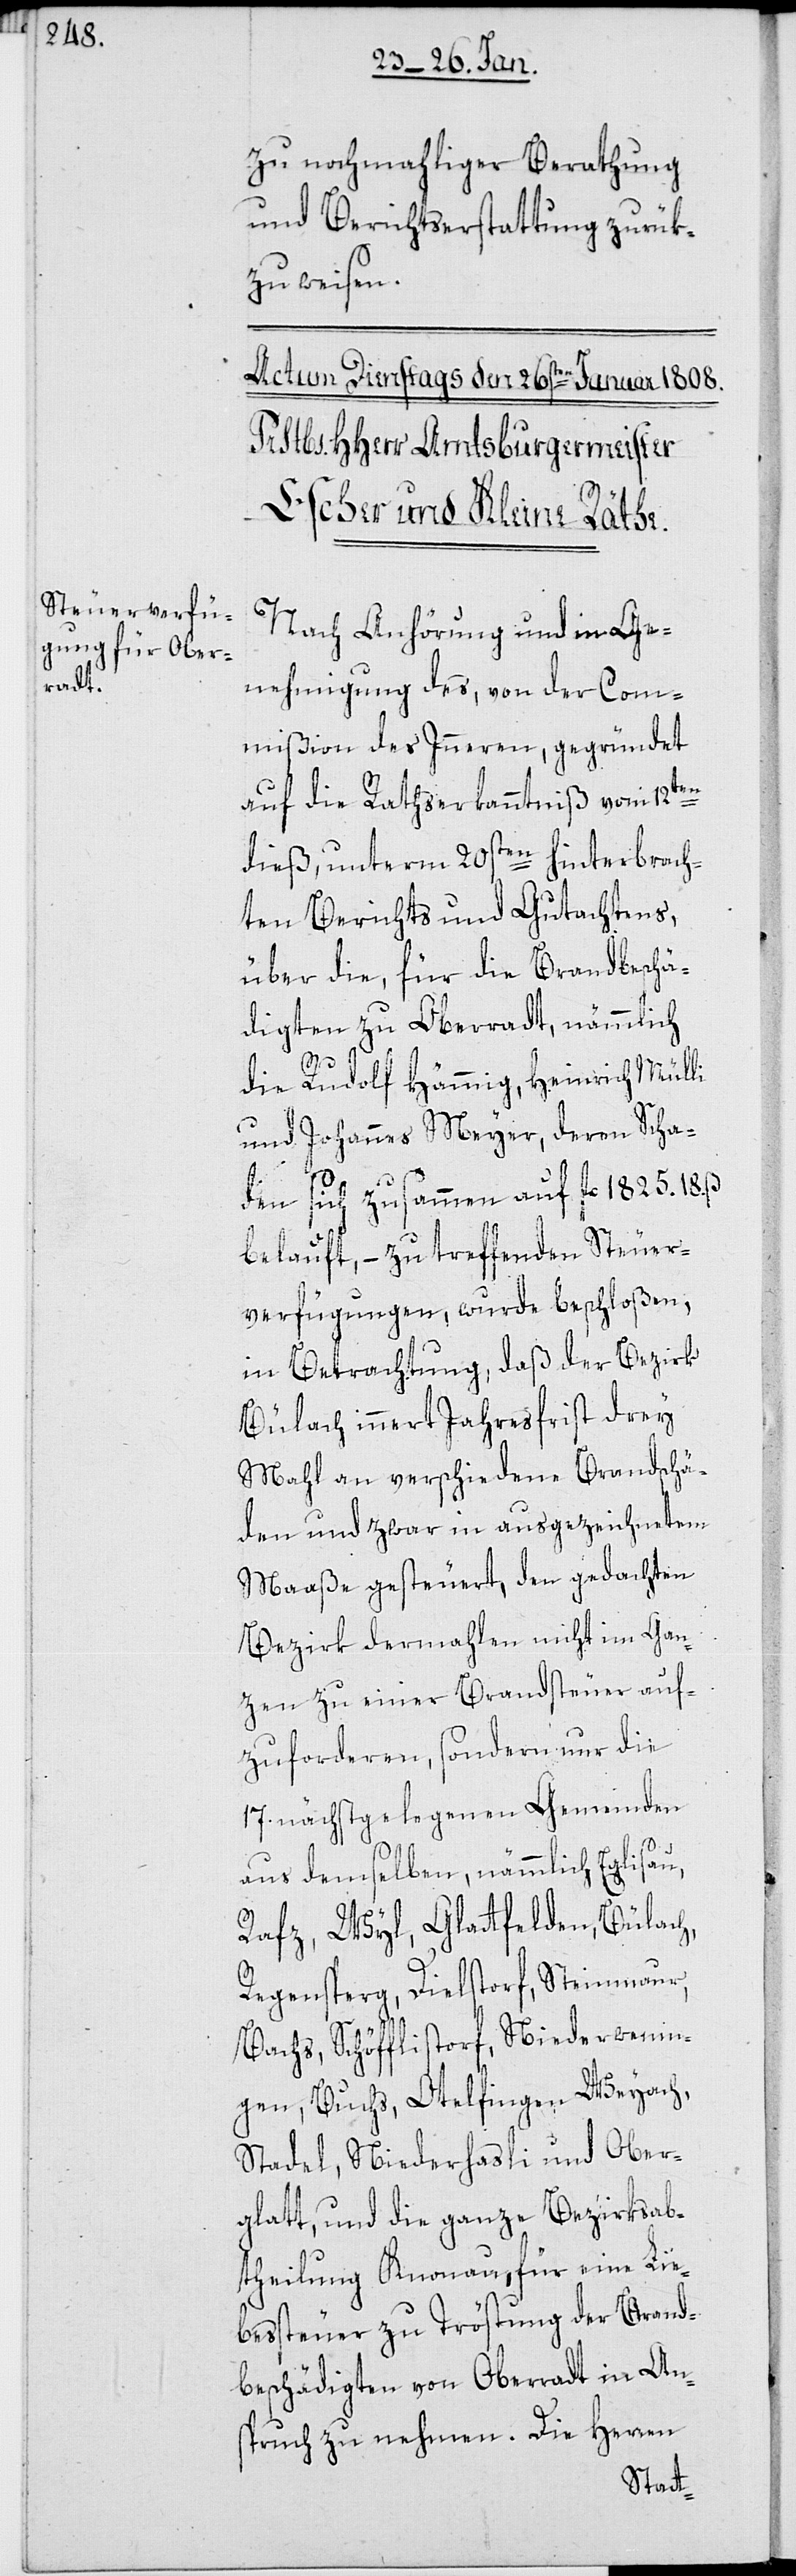
zu nochmahliger Berathung
und Berichtserstattung zurük¬
zuweisen.
Nach Anhörung und in Ge¬
nehmigung des, von der Com¬
mißion des Inneren, gegründet
auf die Rathserkanntnuß vom 12ten
dieß, unterm 20sten hinterbrach¬
ten Berichts und Gutachtens,
über die, für die Brandbeschä¬
digten zu Oberradt, nämmlich
die Rudolf Hämmig, Heinrich Mülli
und Johannes Meyer, deren Scha¬
den sich zusammen auf fl. 1825. 18.
belauft, – zu treffenden Steuer¬
verfügungen, wurde beschloßen,
in Betrachtung, daß der Bezirk
Bülach innert Jahresfrist drey
Mahl an verschiedene Brandschä¬
den, und zwar in ausgezeichnetem
Maaße gesteuert, den gedachten
Bezirk dermahlen nicht im Gan¬
zen zu einer Brandsteuer auf¬
zuforderen, sondern nur die
17 nächst gelegenen Gemeinden
aus demselben, nämmlich Eglisau,
Rafz, Wyl, Glattfelden, Bülach,
Regensperg, Dielstorf, Steinmaur,
Bachs, Schöfflistorf, Niederwenin¬
gen, Buchs, Otelfingen, Weyach,
Stadel, Niederhasli und Ober¬
glatt, und die ganze Bezirksab¬
theilung Knonau, für eine Lie¬
bessteuer zu Tröstung der Brand¬
beschädigten von Oberradt in An¬
spruch zu nehmen. Die Herren